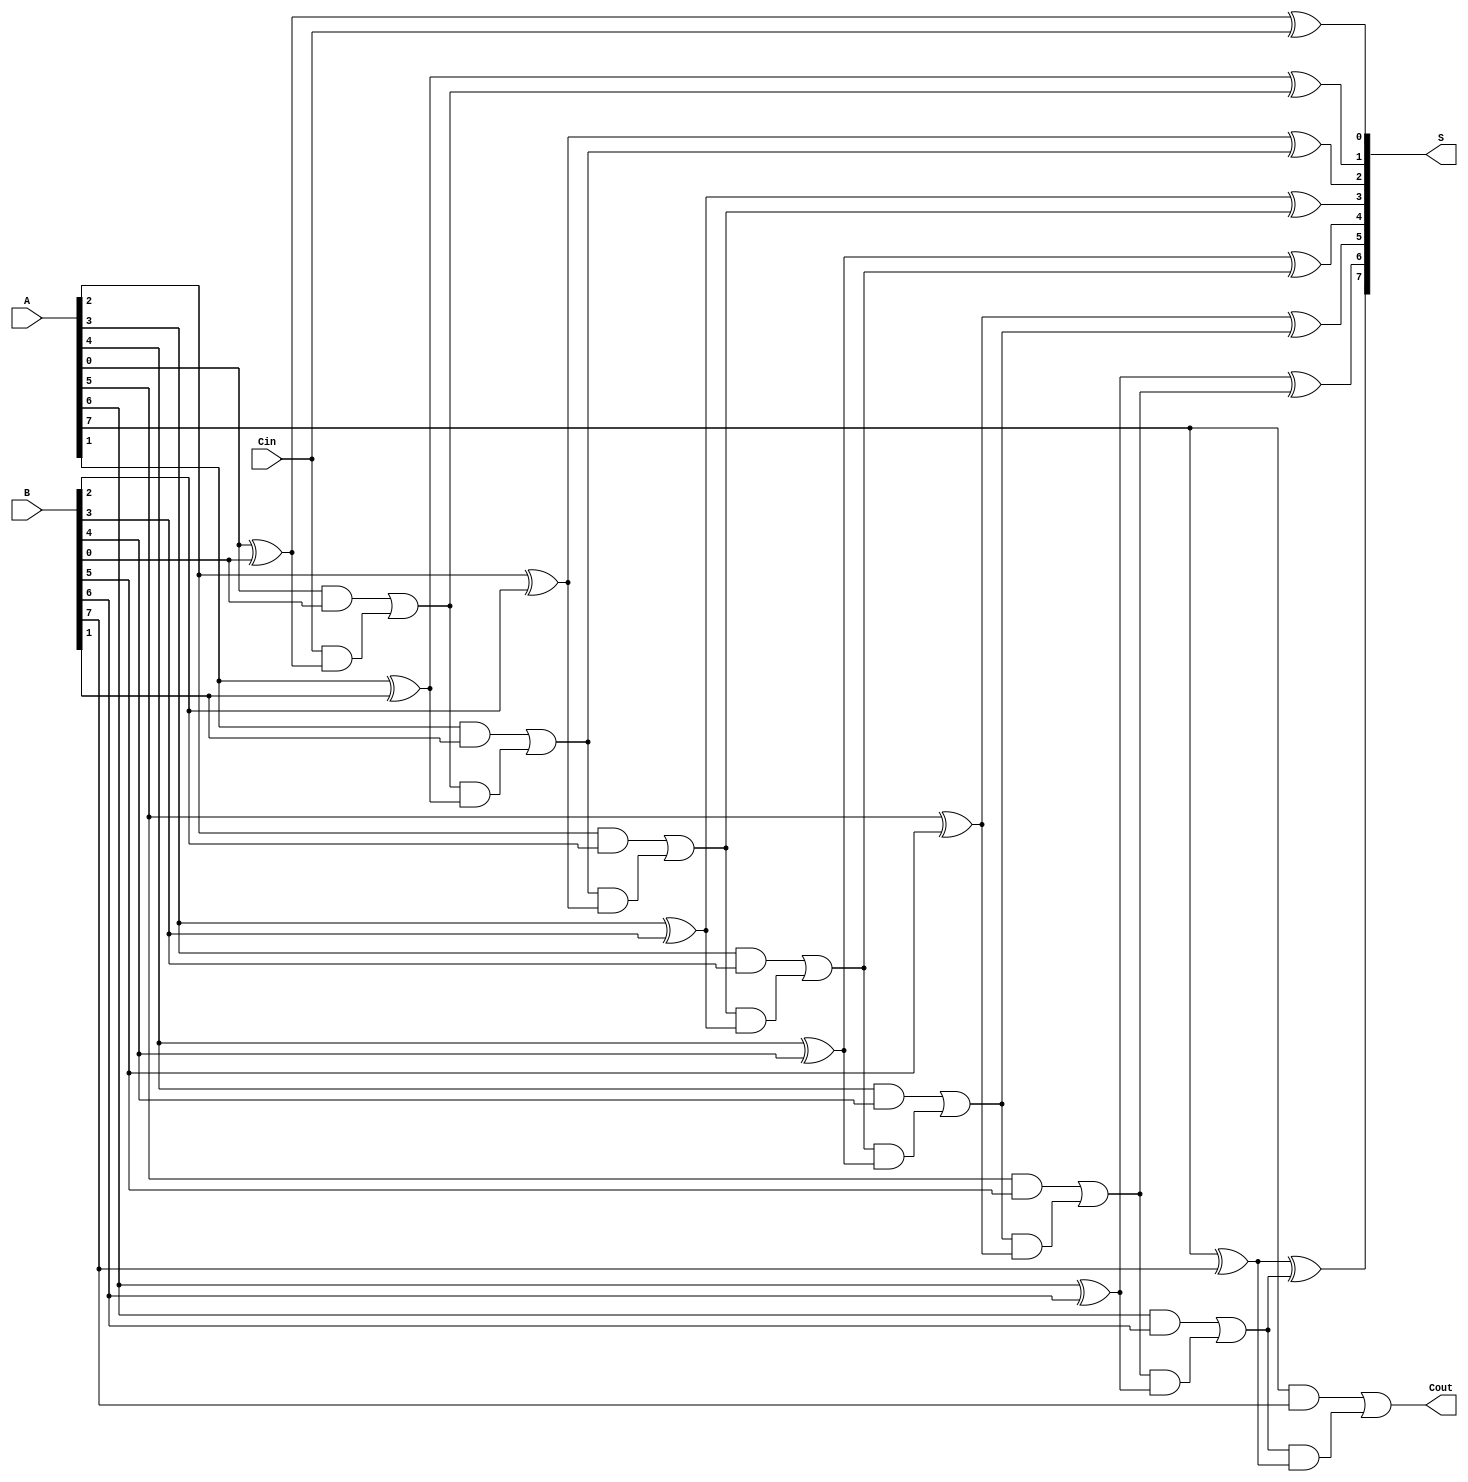
module LingAdder #(
    parameter N = 8  // Parameter to define the bit-width of the adder
)(
    input [N-1:0] A,    // N-bit input A
    input [N-1:0] B,    // N-bit input B
    input Cin,          // Carry-in
    output [N-1:0] S,   // N-bit sum output
    output Cout         // Carry-out
);

    wire [N:0] C; // Carry signals (C[0] is Cin, C[N] is Cout)
    assign C[0] = Cin;

    genvar i;

    // Generate full adders for each bit
    generate
        for (i = 0; i < N; i = i + 1) begin : full_adder
            wire a = A[i];
            wire b = B[i];
            wire c_in = C[i];

            // Sum calculation
            assign S[i] = a ^ b ^ c_in;

            // Carry calculation
            assign C[i + 1] = (a & b) | (c_in & (a ^ b));
        end
    endgenerate

    // Final carry-out
    assign Cout = C[N];

endmodule